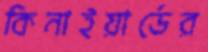
কিনাইয়ার্ডের